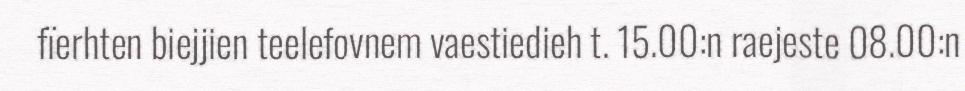
fïerhten biejjien teelefovnem vaestiedieh t. 15.00:n raejeste 08.00:n